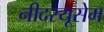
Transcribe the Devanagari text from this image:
नीदरयूसेम